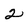
Character: 2